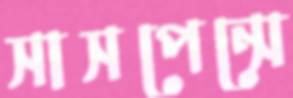
সাসপেন্সে